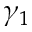
\gamma _ { 1 }